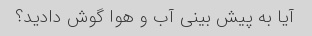
آیا به پیش بینی آب و هوا گوش دادید؟